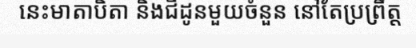
នេះមាតាបិតា និងជីដូនមួយចំនួន នៅតែប្រព្រឹត្ត